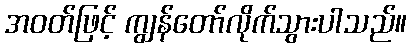
အဝတ်ဖြင့် ကျွန်တော်လိုက်သွားပါသည်။